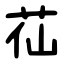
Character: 苮